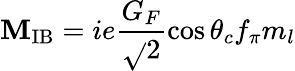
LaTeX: \mathbf{M}_{\mathrm{{IB}}}=ie\frac{{G_{F}}}{{\sqrt{}{{2}}}}\cos\theta_{c}f_{\pi}m_{l}